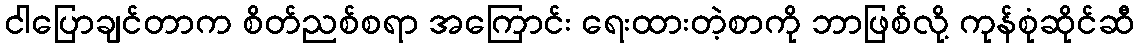
ငါပြောချင်တာက စိတ်ညစ်စရာ အကြောင်း ရေးထားတဲ့စာကို ဘာဖြစ်လို့ ကုန်စုံဆိုင်ဆီ